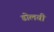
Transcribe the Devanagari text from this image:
डोलवी